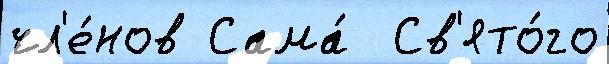
чл'е́нов Сама́  Св'ято́го